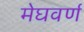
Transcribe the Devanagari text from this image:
मेघवर्ण